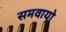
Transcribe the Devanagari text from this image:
समवायो